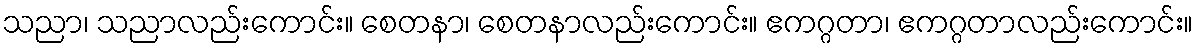
သညာ၊ သညာလည်းကောင်း။ စေတနာ၊ စေတနာလည်းကောင်း။ ဧကဂ္ဂတာ၊ ဧကဂ္ဂတာလည်းကောင်း။